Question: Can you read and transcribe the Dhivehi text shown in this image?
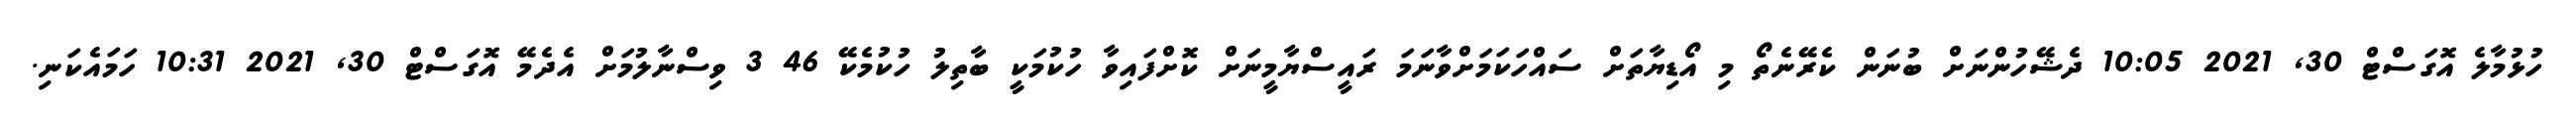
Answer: ހުޅުމާލެ އޮގަސްޓް 30, 2021 10:05 ދެޝޭހުންނަށް ބުނަން ކެރޭނެތޯ މި އޯޑިޔާތަށް ސައްހަކަމަށްވާނަމަ ރައީސްޔާމީނަށް ކޮށްފައިވާ ހުކުމަކީ ބާތިލު ހުކުމެކޭ 46 3 ވިސްނާލުމަށް އެދެމޭ އޮގަސްޓް 30, 2021 10:31 ހަމައެކަނި.